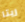
ريتا